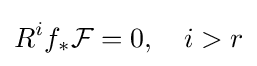
R^{i}f_{*}{\mathcal {F}}=0,\quad i>r